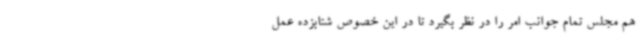
هم مجلس تمام جوانب امر را در نظر بگیرد تا در این خصوص شتابزده عمل